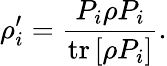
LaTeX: \rho_{i}^{\prime}={\frac{P_{i}\rho P_{i}}{\operatorname{tr}\left[\rho P_{i}\right]}}.